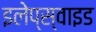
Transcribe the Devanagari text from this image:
इलेप्स्वाइड